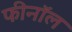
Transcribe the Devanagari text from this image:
फीनॉल